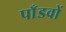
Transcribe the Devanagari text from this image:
पाँडवों